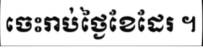
ចេះរាប់ថ្ងៃខែដែរ ។